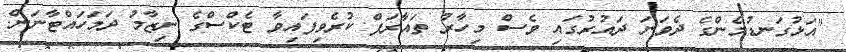
"އަޅުގަނޑުމެންގެ ދެވަނަ ދައުރުގައި ވެސް މިހާރު ތައާރަފް ކުރެވިފައިވާ ޓެކްސްގެ ނިޒާމު ދަމަހައްޓާނަން.